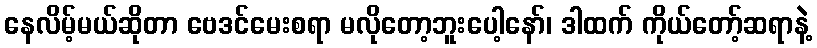
နေလိမ့်မယ်ဆိုတာ ဗေဒင်မေးစရာ မလိုတော့ဘူးပေါ့နော်၊ ဒါထက် ကိုယ်တော့်ဆရာနဲ့